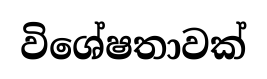
විශේෂතාවක්